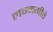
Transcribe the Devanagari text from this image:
लग्नगीते